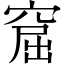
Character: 窟